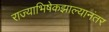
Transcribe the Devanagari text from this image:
राज्याभिषेकझाल्यानंतर